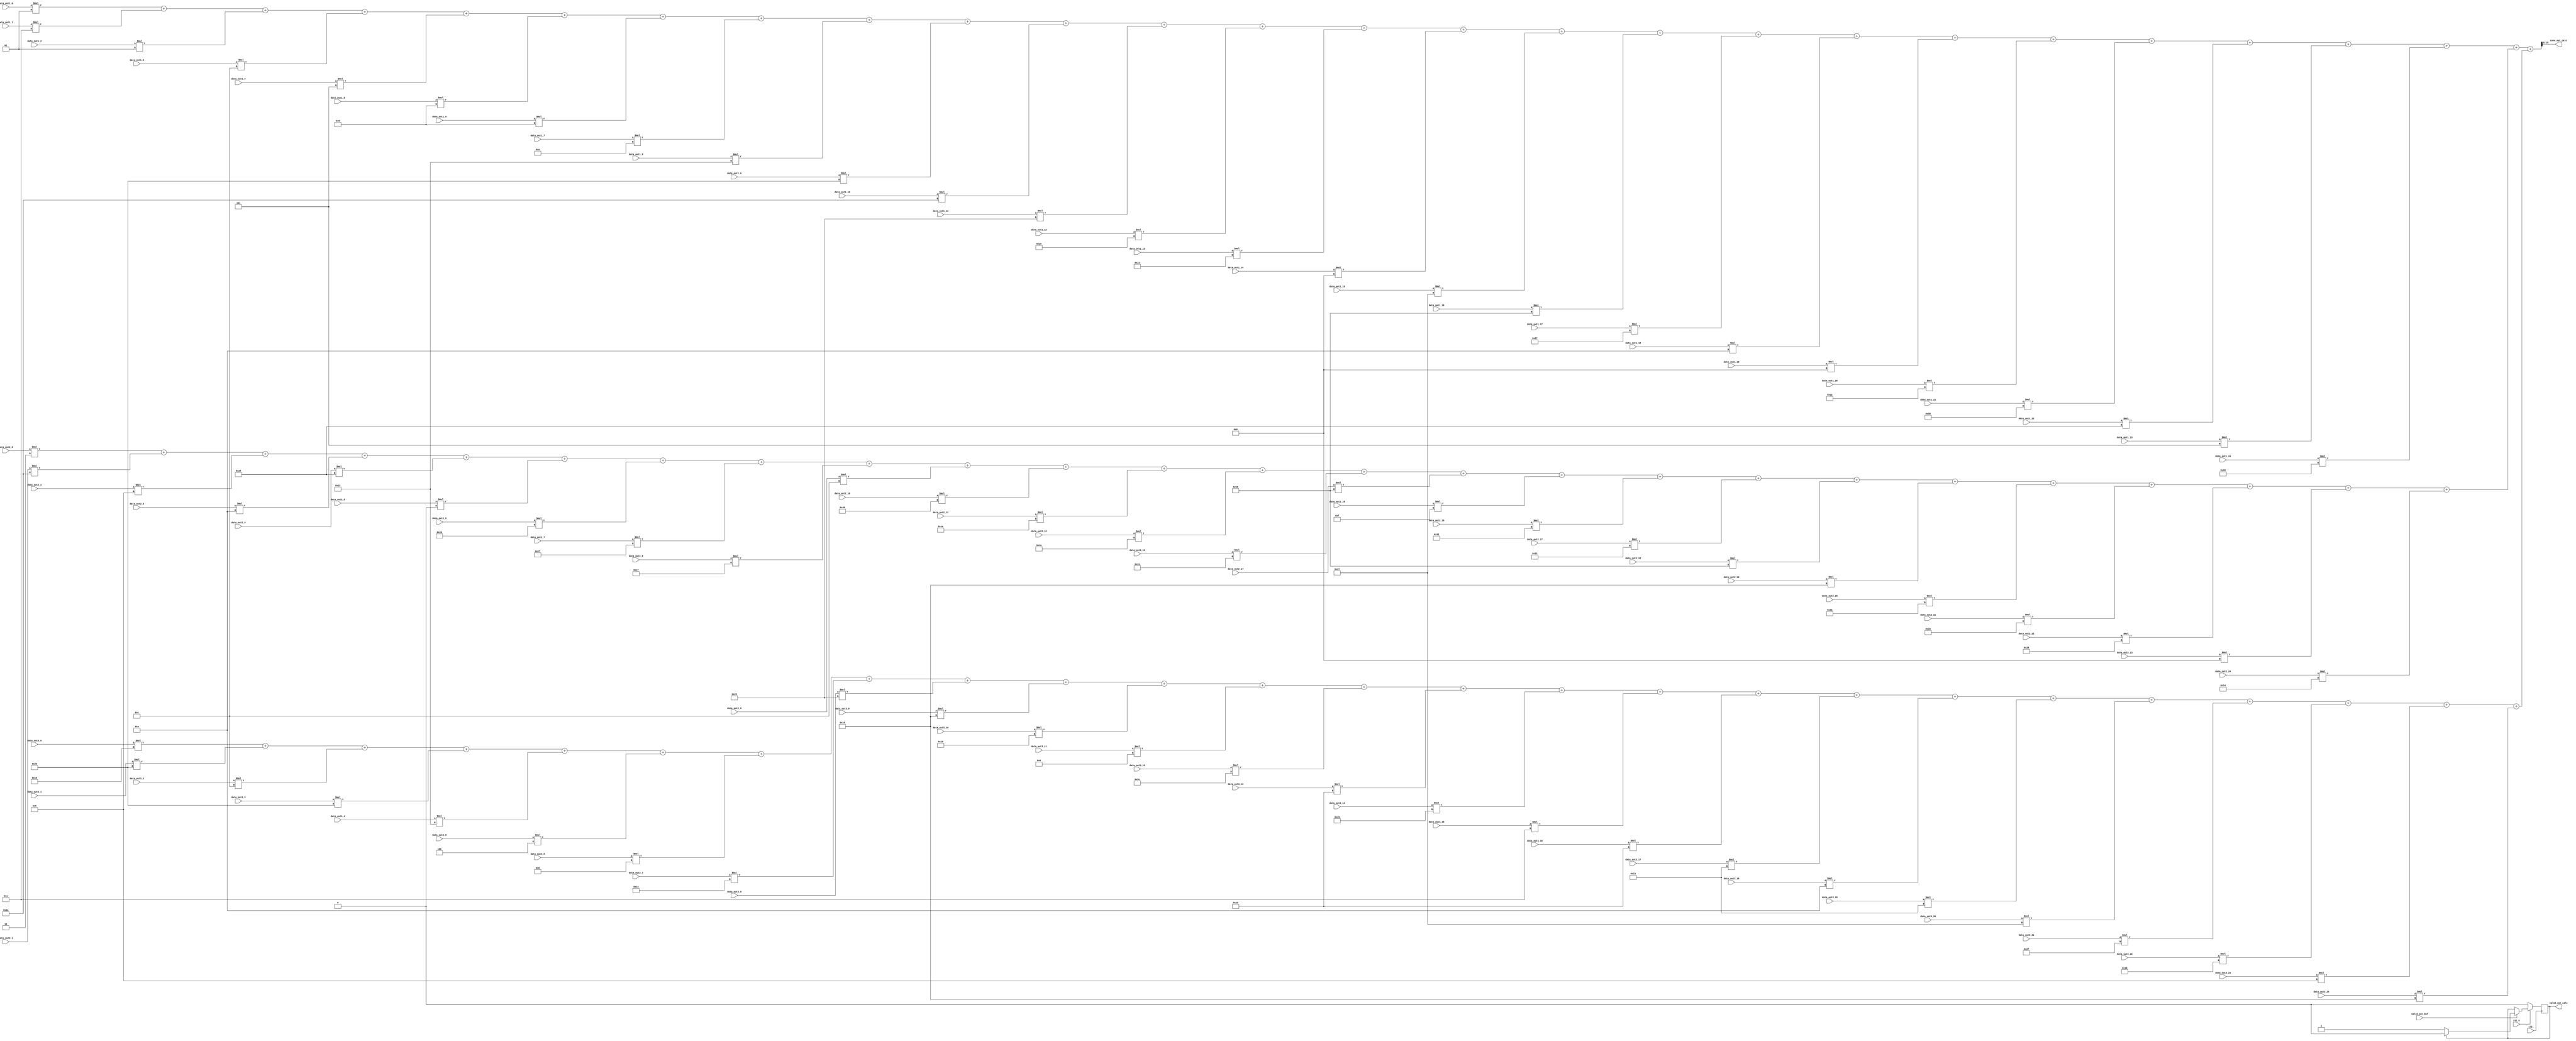
`timescale 1ns / 1ps

//  Design     : 2nd Convolution Layer for CNN MNIST dataset
//               Convolution Sum Calculation - 1st Channel

 module conv2_calc_1(
	input clk,
    input rst_n,
    input valid_out_buf,
	input signed [11:0] data_out1_0, data_out1_1, data_out1_2, data_out1_3, data_out1_4,
	   data_out1_5, data_out1_6, data_out1_7, data_out1_8, data_out1_9,
	   data_out1_10, data_out1_11, data_out1_12, data_out1_13, data_out1_14,
	   data_out1_15, data_out1_16, data_out1_17, data_out1_18, data_out1_19,
	   data_out1_20, data_out1_21, data_out1_22, data_out1_23, data_out1_24,
	
	   data_out2_0, data_out2_1, data_out2_2, data_out2_3, data_out2_4,
	   data_out2_5, data_out2_6, data_out2_7, data_out2_8, data_out2_9,
	   data_out2_10, data_out2_11, data_out2_12, data_out2_13, data_out2_14,
	   data_out2_15, data_out2_16, data_out2_17, data_out2_18, data_out2_19,
	   data_out2_20, data_out2_21, data_out2_22, data_out2_23, data_out2_24,
	
	   data_out3_0, data_out3_1, data_out3_2, data_out3_3, data_out3_4,
	   data_out3_5, data_out3_6, data_out3_7, data_out3_8, data_out3_9,
	   data_out3_10, data_out3_11, data_out3_12, data_out3_13, data_out3_14,
	   data_out3_15, data_out3_16, data_out3_17, data_out3_18, data_out3_19,
	   data_out3_20, data_out3_21, data_out3_22, data_out3_23, data_out3_24,

	output [13:0] conv_out_calc,
  	output reg valid_out_calc
    );

    wire signed [19:0] calc_out, calc_out_1, calc_out_2, calc_out_3;

    wire signed [7:0] weight_1 [0:24];
    wire signed [7:0] weight_2 [0:24];
    wire signed [7:0] weight_3 [0:24];

assign weight_1[0] = 8'h01; //01;
assign weight_1[1] = 8'h03; //03
assign weight_1[2] = 8'h01; //01;
assign weight_1[3] = 8'h0c;
assign weight_1[4] = 8'hfd;
assign weight_1[5] = 8'hf9;
assign weight_1[6] = 8'hf9;
assign weight_1[7] = 8'h0a;
assign weight_1[8] = 8'hf2;
assign weight_1[9] = 8'heb;
assign weight_1[10] = 8'hea;
assign weight_1[11] = 8'he9;
assign weight_1[12] = 8'hee;
assign weight_1[13] = 8'he1;
assign weight_1[14] = 8'hf8;
assign weight_1[15] = 8'he7;
assign weight_1[16] = 8'hd6;
assign weight_1[17] = 8'hd7;
assign weight_1[18] = 8'hfa;
assign weight_1[19] = 8'hf8;
assign weight_1[20] = 8'he2;
assign weight_1[21] = 8'hd8;
assign weight_1[22] = 8'he4;
assign weight_1[23] = 8'hfd;
assign weight_1[24] = 8'h18;

assign weight_2[0] = 8'hfe;
assign weight_2[1] = 8'hea;
assign weight_2[2] = 8'h05;
assign weight_2[3] = 8'hfa;
assign weight_2[4] = 8'he4;
assign weight_2[5] = 8'h00; //00
assign weight_2[6] = 8'hed;
assign weight_2[7] = 8'h1f;
assign weight_2[8] = 8'h47;
assign weight_2[9] = 8'h0c;
assign weight_2[10] = 8'hc8;
assign weight_2[11] = 8'h1e;
assign weight_2[12] = 8'h4a;
assign weight_2[13] = 8'h21;
assign weight_2[14] = 8'hd6;
assign weight_2[15] = 8'h0f;
assign weight_2[16] = 8'h32;
assign weight_2[17] = 8'h11;
assign weight_2[18] = 8'hd6;
assign weight_2[19] = 8'hf5;
assign weight_2[20] = 8'h2a;
assign weight_2[21] = 8'h16;
assign weight_2[22] = 8'he6;
assign weight_2[23] = 8'hf8;
assign weight_2[24] = 8'hf4;

assign weight_3[0] = 8'hf0;
assign weight_3[1] = 8'heb;
assign weight_3[2] = 8'h0c;
assign weight_3[3] = 8'heb;
assign weight_3[4] = 8'hf2;
assign weight_3[5] = 8'hfc;
assign weight_3[6] = 8'h08;
assign weight_3[7] = 8'h14;
assign weight_3[8] = 8'he9;
assign weight_3[9] = 8'hf5;
assign weight_3[10] = 8'h10;
assign weight_3[11] = 8'h06;
assign weight_3[12] = 8'hdc;
assign weight_3[13] = 8'he3;
assign weight_3[14] = 8'he5;
assign weight_3[15] = 8'h03; //03;
assign weight_3[16] = 8'he3;
assign weight_3[17] = 8'hf3;
assign weight_3[18] = 8'hfa;
assign weight_3[19] = 8'hf3;
assign weight_3[20] = 8'he7;
assign weight_3[21] = 8'hef;
assign weight_3[22] = 8'hf6;
assign weight_3[23] = 8'h05;
assign weight_3[24] = 8'hf5;


// integer is_fill = 0;

//always @(*) begin
//if(is_fill == 0) begin
////	   $readmemh("C:/Users/DELL/Desktop/cnn/cnn.srcs/sources_1/new/data/conv2_weight_11.txt", weight_1);
////	   $readmemh("C:/Users/DELL/Desktop/cnn/cnn.srcs/sources_1/new/data/conv2_weight_12.txt", weight_2);
////	   $readmemh("C:/Users/DELL/Desktop/cnn/cnn.srcs/sources_1/new/data/conv2_weight_13.txt", weight_3);
//    weight_1[0] <= 8'h01;

//weight_1[1] <= 8'h03;
//..
//weight_1[24] <= 8'h18;

//weight_2[0] <= 8'hfe;
//..
//weight_2[24] <= 8'hf4;

//weight_3[0] <= 8'hf0;
//..
//weight_3[24] <= 8'hf5;

//is_fill <= 1;
//        end
//        end

assign calc_out_1 = data_out1_0*weight_1[0] + data_out1_1*weight_1[1] + data_out1_2*weight_1[2] + data_out1_3*weight_1[3] + data_out1_4*weight_1[4] + 
					data_out1_5*weight_1[5] + data_out1_6*weight_1[6] + data_out1_7*weight_1[7] + data_out1_8*weight_1[8] + data_out1_9*weight_1[9] + 
					data_out1_10*weight_1[10] + data_out1_11*weight_1[11] + data_out1_12*weight_1[12] + data_out1_13*weight_1[13] + data_out1_14*weight_1[14] + 
					data_out1_15*weight_1[15] + data_out1_16*weight_1[16] + data_out1_17*weight_1[17] + data_out1_18*weight_1[18] + data_out1_19*weight_1[19] + 
					data_out1_20*weight_1[20] + data_out1_21*weight_1[21] + data_out1_22*weight_1[22] + data_out1_23*weight_1[23] + data_out1_24*weight_1[24];

assign calc_out_2 = data_out2_0*weight_2[0] + data_out2_1*weight_2[1] + data_out2_2*weight_2[2] + data_out2_3*weight_2[3] + data_out2_4*weight_2[4] + 
					data_out2_5*weight_2[5] + data_out2_6*weight_2[6] + data_out2_7*weight_2[7] + data_out2_8*weight_2[8] + data_out2_9*weight_2[9] + 
					data_out2_10*weight_2[10] + data_out2_11*weight_2[11] + data_out2_12*weight_2[12] + data_out2_13*weight_2[13] + data_out2_14*weight_2[14] + 
					data_out2_15*weight_2[15] + data_out2_16*weight_2[16] + data_out2_17*weight_2[17] + data_out2_18*weight_2[18] + data_out2_19*weight_2[19] + 
					data_out2_20*weight_2[20] + data_out2_21*weight_2[21] + data_out2_22*weight_2[22] + data_out2_23*weight_2[23] + data_out2_24*weight_2[24];

assign calc_out_3 = data_out3_0*weight_3[0] + data_out3_1*weight_3[1] + data_out3_2*weight_3[2] + data_out3_3*weight_3[3] + data_out3_4*weight_3[4] + 
					data_out3_5*weight_3[5] + data_out3_6*weight_3[6] + data_out3_7*weight_3[7] + data_out3_8*weight_3[8] + data_out3_9*weight_3[9] + 
					data_out3_10*weight_3[10] + data_out3_11*weight_3[11] + data_out3_12*weight_3[12] + data_out3_13*weight_3[13] + data_out3_14*weight_3[14] + 
					data_out3_15*weight_3[15] + data_out3_16*weight_3[16] + data_out3_17*weight_3[17] + data_out3_18*weight_3[18] + data_out3_19*weight_3[19] + 
					data_out3_20*weight_3[20] + data_out3_21*weight_3[21] + data_out3_22*weight_3[22] + data_out3_23*weight_3[23] + data_out3_24*weight_3[24];

assign calc_out = calc_out_1 + calc_out_2 + calc_out_3;


//reg signed [19:0] calc_out, calc_out_1, calc_out_2, calc_out_3;

assign conv_out_calc = calc_out[19:6]; // 14bit

always @ (posedge clk) begin
	if(~rst_n) begin
		valid_out_calc <= 0;
    //conv_out_calc <= 0;
	end
	else begin
		// Toggling Valid Output Signal
		if(valid_out_buf == 1) begin
			if(valid_out_calc == 1)
				valid_out_calc <= 0;
			else
				valid_out_calc <= 1;
		end
	end
end

//integer state;
//always @ (posedge clk) begin
//	if(~rst_n) begin
//	   valid_out_calc <= 0;
//	   state <= 0;
//    //conv_out_calc <= 0;
//	   end
//	else begin
//		// Toggling Valid Output Signal
//	   if(valid_out_buf == 1) begin
//	       if(valid_out_calc == 1) begin
//	           valid_out_calc <= 0;
//	           state <= 0;
//	           end
//	       else if (state == 0) begin
//	           calc_out_1 <= data_out1_0*weight_1[0] + data_out1_1*weight_1[1] + data_out1_2*weight_1[2] + data_out1_3*weight_1[3] + data_out1_4*weight_1[4] + 
//                               data_out1_5*weight_1[5] + data_out1_6*weight_1[6] + data_out1_7*weight_1[7] + data_out1_8*weight_1[8] + data_out1_9*weight_1[9] + 
//                               data_out1_10*weight_1[10] + data_out1_11*weight_1[11] + data_out1_12*weight_1[12] + data_out1_13*weight_1[13] + data_out1_14*weight_1[14] + 
//                               data_out1_15*weight_1[15] + data_out1_16*weight_1[16] + data_out1_17*weight_1[17] + data_out1_18*weight_1[18] + data_out1_19*weight_1[19] + 
//                               data_out1_20*weight_1[20] + data_out1_21*weight_1[21] + data_out1_22*weight_1[22] + data_out1_23*weight_1[23] + data_out1_24*weight_1[24];
//	           state <= 1;
//	           end
//	       else if (state == 1) begin
//               calc_out_2 <= data_out2_0*weight_2[0] + data_out2_1*weight_2[1] + data_out2_2*weight_2[2] + data_out2_3*weight_2[3] + data_out2_4*weight_2[4] + 
//                               data_out2_5*weight_2[5] + data_out2_6*weight_2[6] + data_out2_7*weight_2[7] + data_out2_8*weight_2[8] + data_out2_9*weight_2[9] + 
//                               data_out2_10*weight_2[10] + data_out2_11*weight_2[11] + data_out2_12*weight_2[12] + data_out2_13*weight_2[13] + data_out2_14*weight_2[14] + 
//                               data_out2_15*weight_2[15] + data_out2_16*weight_2[16] + data_out2_17*weight_2[17] + data_out2_18*weight_2[18] + data_out2_19*weight_2[19] + 
//                               data_out2_20*weight_2[20] + data_out2_21*weight_2[21] + data_out2_22*weight_2[22] + data_out2_23*weight_2[23] + data_out2_24*weight_2[24];

//               state <= 2;         
//               end
//           else if (state == 2) begin
//               calc_out_3 <= data_out3_0*weight_3[0] + data_out3_1*weight_3[1] + data_out3_2*weight_3[2] + data_out3_3*weight_3[3] + data_out3_4*weight_3[4] + 
//                               data_out3_5*weight_3[5] + data_out3_6*weight_3[6] + data_out3_7*weight_3[7] + data_out3_8*weight_3[8] + data_out3_9*weight_3[9] + 
//                               data_out3_10*weight_3[10] + data_out3_11*weight_3[11] + data_out3_12*weight_3[12] + data_out3_13*weight_3[13] + data_out3_14*weight_3[14] + 
//                               data_out3_15*weight_3[15] + data_out3_16*weight_3[16] + data_out3_17*weight_3[17] + data_out3_18*weight_3[18] + data_out3_19*weight_3[19] + 
//                               data_out3_20*weight_3[20] + data_out3_21*weight_3[21] + data_out3_22*weight_3[22] + data_out3_23*weight_3[23] + data_out3_24*weight_3[24];
//               calc_out <= calc_out_1 + calc_out_2 + calc_out_3;
//               valid_out_calc <= 1;                    
//               end
//		end
//	end
//end

endmodule